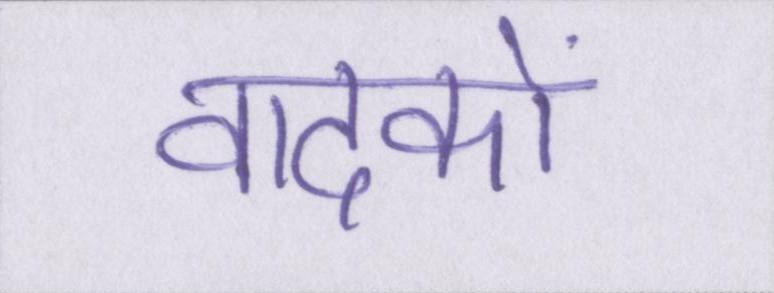
वादकों